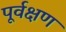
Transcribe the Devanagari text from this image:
पूर्वक्षण